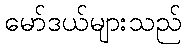
မော်ဒယ်များသည်